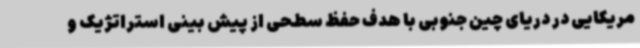
مریکایی در دریای چین جنوبی با هدف حفظ سطحی از پیش بینی استراتژیک و